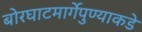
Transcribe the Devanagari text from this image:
बोरघाटमार्गेपुण्याकडे